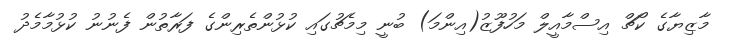
މާޒިޔާގެ ކޯޗް އިސްމާއީލް މަހުފޫޒު(އިންމަ) ބުނީ މިމެޗުގައި ކުޅުންތެރިންގެ ފަރާތުން ފެނުނު ކުޅުމާމެދު